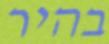
בהיר